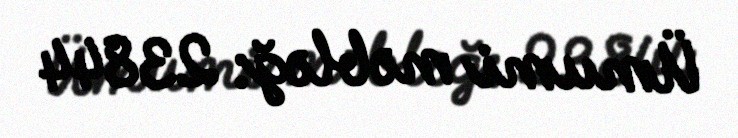
Ümumi məbləğ: 23844